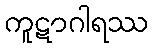
ကူဋာဂါရဿ